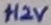
Text: +12V